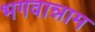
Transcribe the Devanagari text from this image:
भगवान्नाम